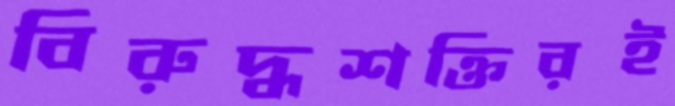
বিরুদ্ধশক্তিরই